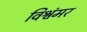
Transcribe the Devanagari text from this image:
विश्वंमर